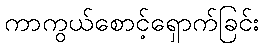
ကာကွယ်စောင့်ရှောက်ခြင်း